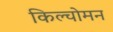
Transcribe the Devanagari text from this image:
किल्चोमन